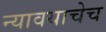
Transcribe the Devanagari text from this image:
न्यावयाचेच